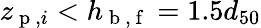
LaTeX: z_{\mathrm{~p~},i}<h_{\mathrm{~b~,~f~}}=1.5d_{50}